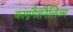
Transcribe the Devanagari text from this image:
कांग्रगैशनैलिज़्म